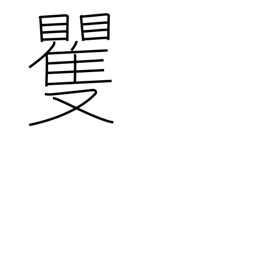
Meaning: surprise & confusion